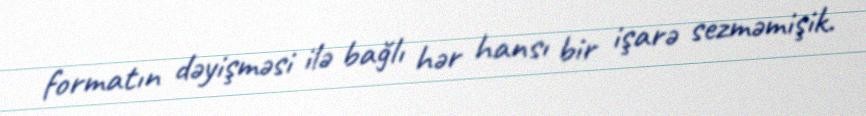
formatın dəyişməsi ilə bağlı hər hansı bir işarə sezməmişik.